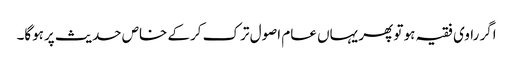
اگر راوی فقیہ ہو تو پھر یہاں عام اصول ترک کرکے خاص حدیث پرہوگا۔